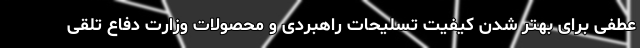
عطفی برای بهتر شدن کیفیت تسلیحات راهبردی و محصولات وزارت دفاع تلقی